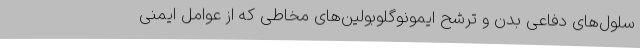
سلول‌های دفاعی بدن و ترشح ایمونوگلوبولین‌های مخاطی که از عوامل ایمنی